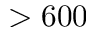
> 6 0 0